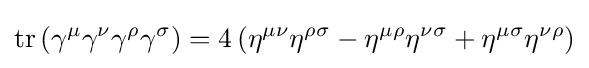
\operatorname {tr} \left(\gamma ^{\mu }\gamma ^{\nu }\gamma ^{\rho }\gamma ^{\sigma }\right)=4\left(\eta ^{\mu \nu }\eta ^{\rho \sigma }-\eta ^{\mu \rho }\eta ^{\nu \sigma }+\eta ^{\mu \sigma }\eta ^{\nu \rho }\right)